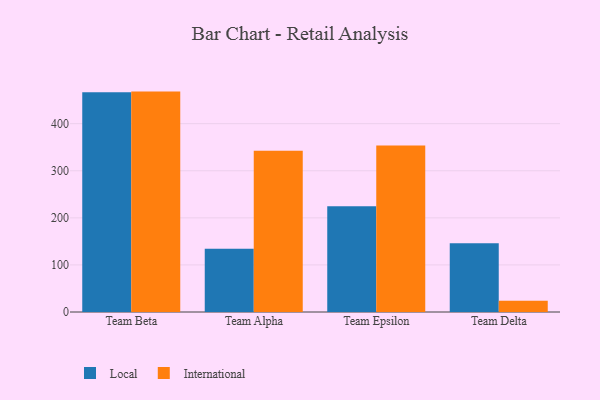
{"axis": {"x": "Team", "y": "Website Visitors"}, "legend": ["International", "Local"], "data": [{"x": "Team Beta", "y": 466.7, "type": "Local"}, {"x": "Team Beta", "y": 468.1, "type": "International"}, {"x": "Team Alpha", "y": 134.4, "type": "Local"}, {"x": "Team Alpha", "y": 342.4, "type": "International"}, {"x": "Team Epsilon", "y": 224.7, "type": "Local"}, {"x": "Team Epsilon", "y": 353.7, "type": "International"}, {"x": "Team Delta", "y": 146.2, "type": "Local"}, {"x": "Team Delta", "y": 23.7, "type": "International"}]}